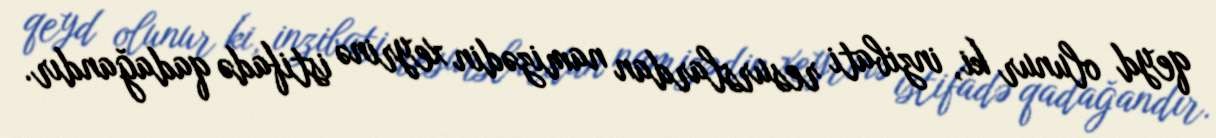
qeyd olunur ki, inzibati resurslardan namizədin xeyrinə istifadə qadağandır.